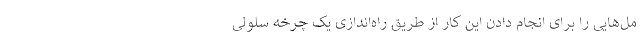
مل‌هایی را برای انجام دادن این کار از طریق راه‌اندازی یک چرخه سلولی